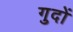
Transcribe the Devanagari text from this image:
गुदों